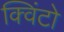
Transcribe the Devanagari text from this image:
क्विंटो